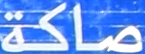
صاكة